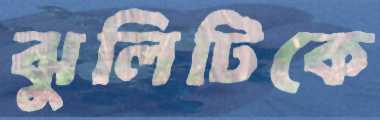
ঝুলিটিকে